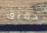
دقيق